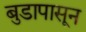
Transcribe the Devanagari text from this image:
बुडापासून